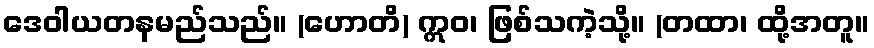
ဒေဝါယတနမည်သည်။ (ဟောတိ) ဣဝ၊ ဖြစ်သကဲ့သို့။ (တထာ၊ ထို့အတူ။